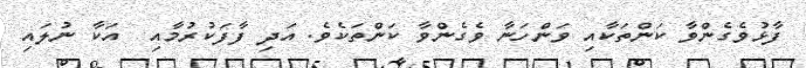
ފާޅުވެގެންވާ ކަންތަކާއި ވަންހަނާ ވެގެންވާ ކަންތަކެވެ. އަދި ފާފަކުރުމާއި  އަކާ ނުލައި